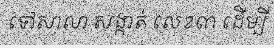
ទៅសាលា សង្កាត់ លេខ៣ ដើម្បី